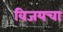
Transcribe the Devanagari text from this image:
विजयचा